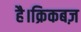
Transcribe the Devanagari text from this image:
है।क्रिकबज़